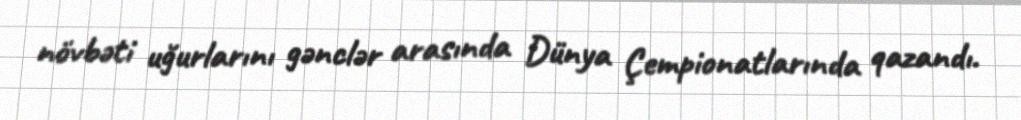
növbəti uğurlarını gənclər arasında Dünya Çempionatlarında qazandı.